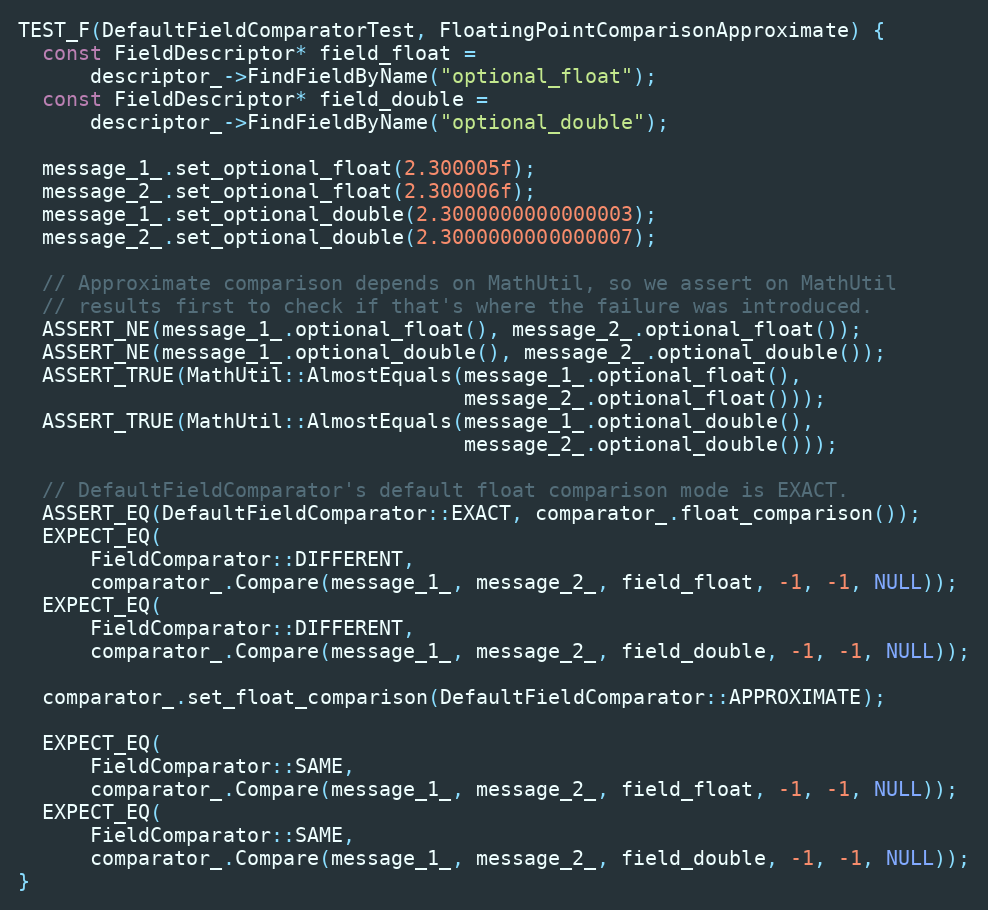
Language: C++
TEST_F(DefaultFieldComparatorTest, FloatingPointComparisonApproximate) {
  const FieldDescriptor* field_float =
      descriptor_->FindFieldByName("optional_float");
  const FieldDescriptor* field_double =
      descriptor_->FindFieldByName("optional_double");

  message_1_.set_optional_float(2.300005f);
  message_2_.set_optional_float(2.300006f);
  message_1_.set_optional_double(2.3000000000000003);
  message_2_.set_optional_double(2.3000000000000007);

  // Approximate comparison depends on MathUtil, so we assert on MathUtil
  // results first to check if that's where the failure was introduced.
  ASSERT_NE(message_1_.optional_float(), message_2_.optional_float());
  ASSERT_NE(message_1_.optional_double(), message_2_.optional_double());
  ASSERT_TRUE(MathUtil::AlmostEquals(message_1_.optional_float(),
                                     message_2_.optional_float()));
  ASSERT_TRUE(MathUtil::AlmostEquals(message_1_.optional_double(),
                                     message_2_.optional_double()));

  // DefaultFieldComparator's default float comparison mode is EXACT.
  ASSERT_EQ(DefaultFieldComparator::EXACT, comparator_.float_comparison());
  EXPECT_EQ(
      FieldComparator::DIFFERENT,
      comparator_.Compare(message_1_, message_2_, field_float, -1, -1, NULL));
  EXPECT_EQ(
      FieldComparator::DIFFERENT,
      comparator_.Compare(message_1_, message_2_, field_double, -1, -1, NULL));

  comparator_.set_float_comparison(DefaultFieldComparator::APPROXIMATE);

  EXPECT_EQ(
      FieldComparator::SAME,
      comparator_.Compare(message_1_, message_2_, field_float, -1, -1, NULL));
  EXPECT_EQ(
      FieldComparator::SAME,
      comparator_.Compare(message_1_, message_2_, field_double, -1, -1, NULL));
}